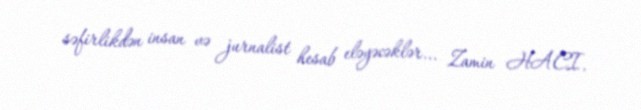
səfirlikdən insan və jurnalist hesab eləyəcəklər... Zamin HACI.